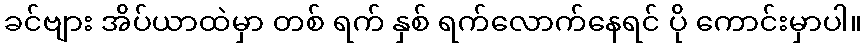
ခင်ဗျား အိပ်ယာထဲမှာ တစ် ရက် နှစ် ရက်လောက်နေရင် ပို ကောင်းမှာပါ။